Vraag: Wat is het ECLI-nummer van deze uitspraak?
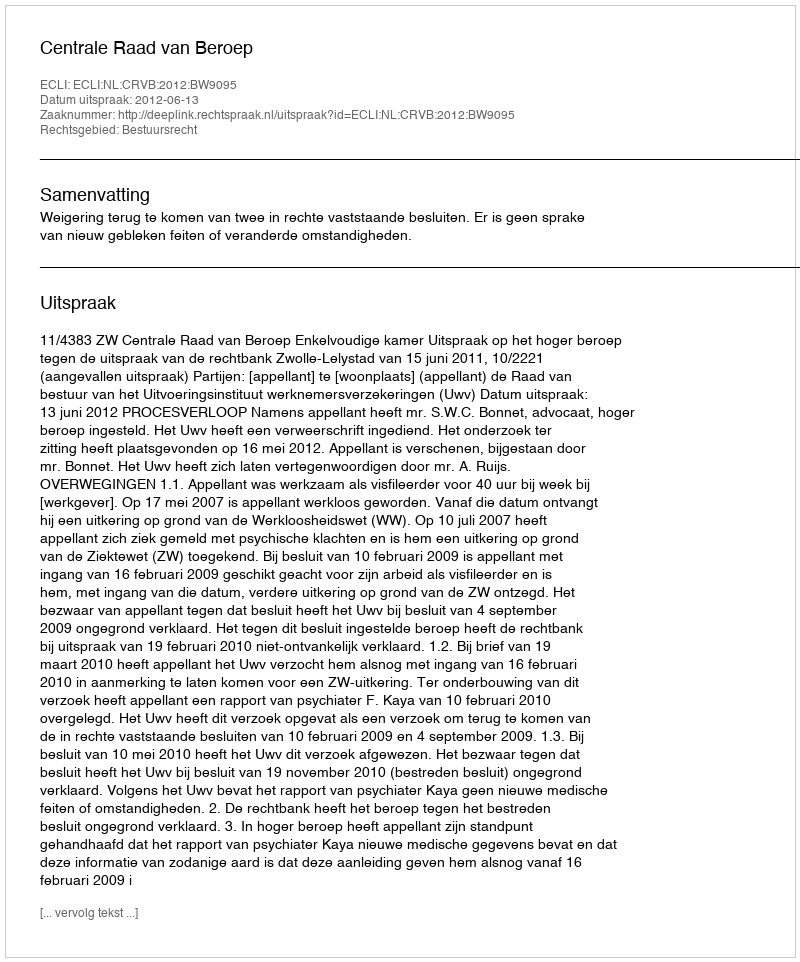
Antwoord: ECLI:NL:CRVB:2012:BW9095